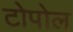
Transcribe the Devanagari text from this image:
टोपोल